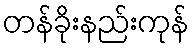
တန်ခိုးနည်းကုန်